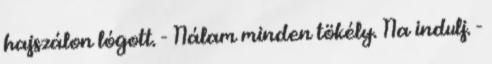
hajszálon lógott. - Nálam minden tökély. Na indulj. -